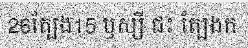
26ត្បែង15 ឫស្សី ជះ ត្បែងក